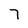
Character: 7